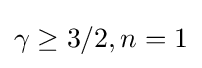
\gamma \geq 3/2,n=1